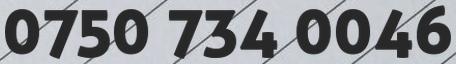
0750 734 0046